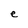
Character: e